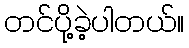
တင်ပို့ခဲ့ပါတယ်။